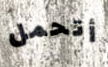
أتحمل